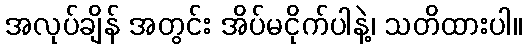
အလုပ်ချိန် အတွင်း အိပ်မငိုက်ပါနဲ့၊ သတိထားပါ။